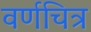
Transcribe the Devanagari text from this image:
वर्णचित्र